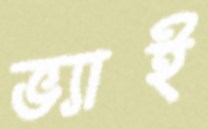
ভ্যাই